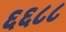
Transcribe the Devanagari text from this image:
६६८८